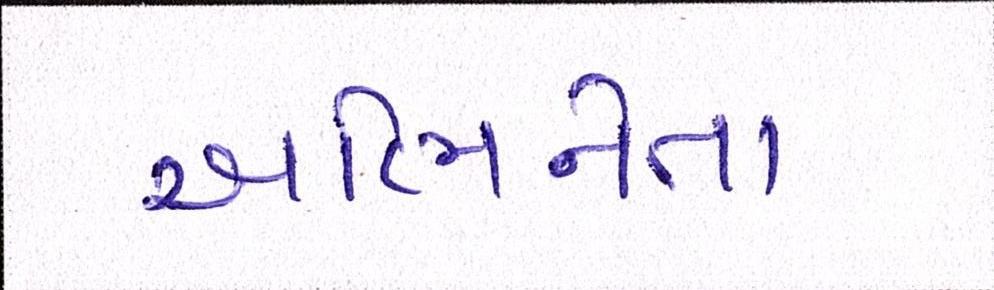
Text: અભિનેતા